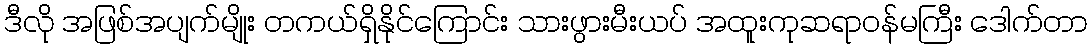
ဒီလို အဖြစ်အပျက်မျိုး တကယ်ရှိနိုင်ကြောင်း သားဖွားမီးယပ် အထူးကုဆရာဝန်မကြီး ဒေါက်တာ